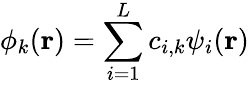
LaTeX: \phi_{k}(\mathbf{r})=\sum_{i=1}^{L}{c_{i,k}{\psi_{i}}(\mathbf{r})}